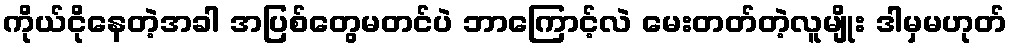
ကိုယ်ငိုနေတဲ့အခါ အပြစ်တွေမတင်ပဲ ဘာကြောင့်လဲ မေးတတ်တဲ့လူမျိုး ဒါမှမဟုတ်